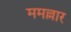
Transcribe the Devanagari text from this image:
ममल्लार